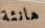
هانئة